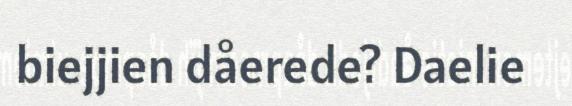
biejjien dåerede? Daelie